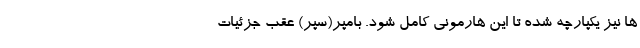
ها نیز یکپارچه شده تا این هارمونی کامل شود. بامپر(سپر) عقب جزئیات